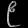
Digit: ၉